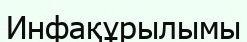
Инфақұрылымы